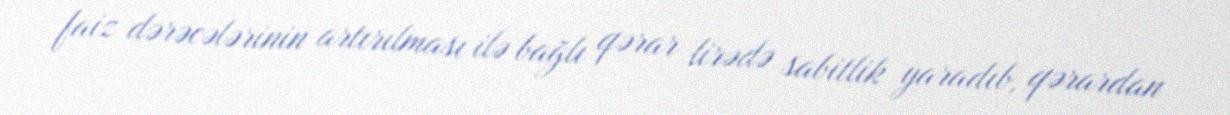
faiz dərəcələrinin artırılması ilə bağlı qərar lirədə sabitlik yaradıb, qərardan